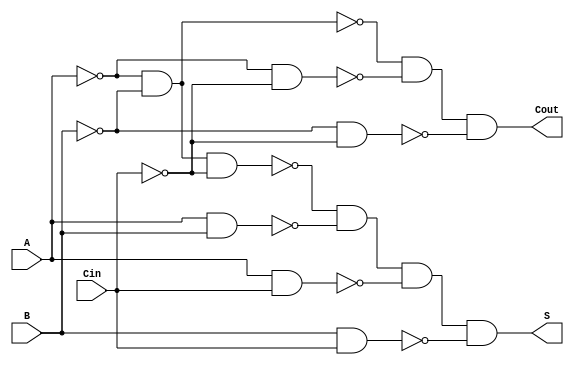
module NegativeCircuitFullAdder (
    input wire A,      // First binary input
    input wire B,      // Second binary input
    input wire Cin,    // Carry input
    output wire S,     // Sum output
    output wire Cout   // Carry output
);

// Internal signals for negative logic
wire A_not;
wire B_not;
wire Cin_not;

// Negate inputs for active-low logic
not (A_not, A);
not (B_not, B);
not (Cin_not, Cin);

// Sum output using XOR logic for negative logic
assign S = ~(A_not & B_not & Cin_not) & ~(A & B) & ~(A & Cin) & ~(B & Cin);

// Carry output using AND-OR logic for negative logic
assign Cout = ~(A_not & B_not) & ~(A_not & Cin_not) & ~(B_not & Cin_not);

endmodule